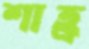
শাহ্র